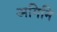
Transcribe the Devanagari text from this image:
अगिनि